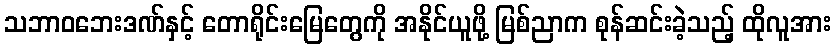
သဘာဝဘေးဒဏ်နှင့် တောရိုင်းမြေတွေကို အနိုင်ယူဖို့ မြစ်ညာက စုန်ဆင်းခဲ့သည့် ထိုလူအား